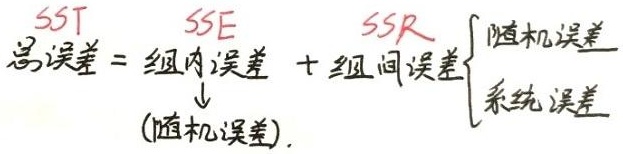
总误差 = 组内误差 + 组间误差
\[( \text{随机误差} )
\left\{\begin{array}{l}\text{随机误差}\\\text{系统误差}\end{array}\right.\]
\[
\begin{align*}
SST&=SSE + SSR
\end{align*}
\]